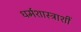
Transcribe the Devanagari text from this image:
धर्मशास्त्राशीं